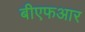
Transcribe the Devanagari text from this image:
बीएफआर